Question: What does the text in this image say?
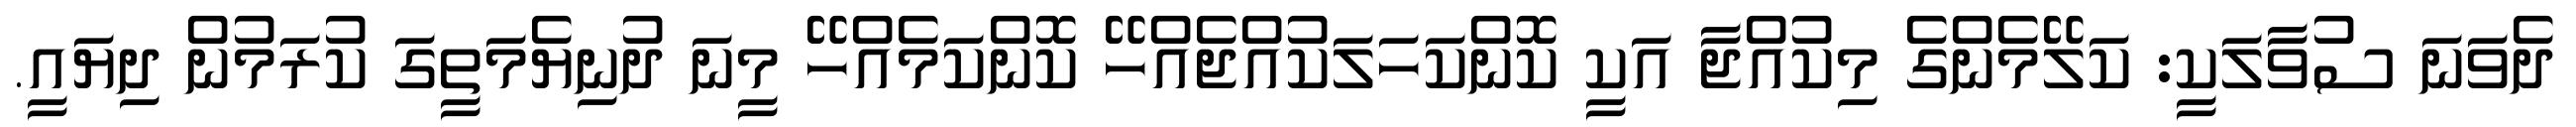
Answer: ދެވަނަ ސުވާލަކީ: ކަލޭމެންގެ މިކުއްޖާ އަކީ ކޮންކަހަލަކުއްޖެއްހޭ ކޮންކަމެއްހޭ މީނަ ދުނިޔެމަތީގަ ކުރަމުން ދިޔައީ.